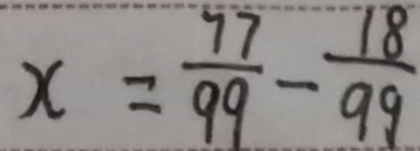
x = \frac { 7 7 } { 9 9 } - \frac { 1 8 } { 9 9 }